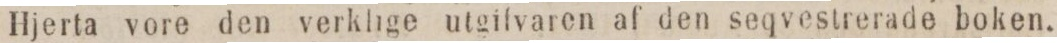
Hjerta vore den verklige utgifvaren af den seqvesterade boken.